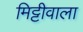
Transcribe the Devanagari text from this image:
मिट्टीवाला